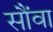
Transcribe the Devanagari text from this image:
सौंवा